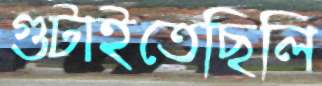
গুটাইতেছিলি